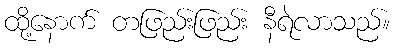
ထို့နောက် တဖြည်းဖြည်း နီရဲလာသည်။